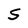
Character: S